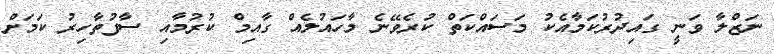
ނަޒްލާ ވަނީ ގައިދުރުކަމާއެކު މަަސައްކަތް ކުރެވޭނެ މާހައުލެއް ގާއިމް ކުރުމާއި ސާފުތާހިރު ކަމަށް